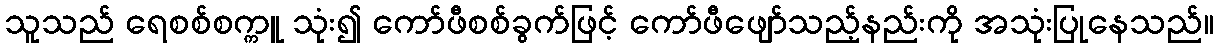
သူသည် ရေစစ်စက္ကူ သုံး၍ ကော်ဖီစစ်ခွက်ဖြင့် ကော်ဖီဖျော်သည့်နည်းကို အသုံးပြုနေသည်။